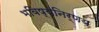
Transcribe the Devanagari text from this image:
भविष्यनिर्णय